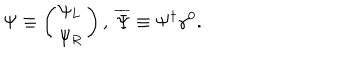
\Psi \equiv \left( \begin{array} { l } { { \psi _ { L } } } \\ { { \psi _ { R } } } \\ \end{array} \right) , \ \overline { { { \Psi } } } \equiv \Psi ^ { \dagger } \gamma ^ { 0 } .